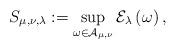
LaTeX: \begin{align*}S_{\mu ,\nu ,\lambda}:=\mathop {\mathrm{sup}} \limits_{\omega \in \mathcal{A} _{\mu ,\nu} }\mathcal{E} _{\lambda}\left( \omega \right),\end{align*}